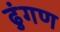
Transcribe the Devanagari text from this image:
ढुंगण